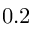
0 . 2